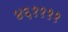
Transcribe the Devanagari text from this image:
४६११११